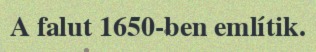
A falut 1650-ben említik.